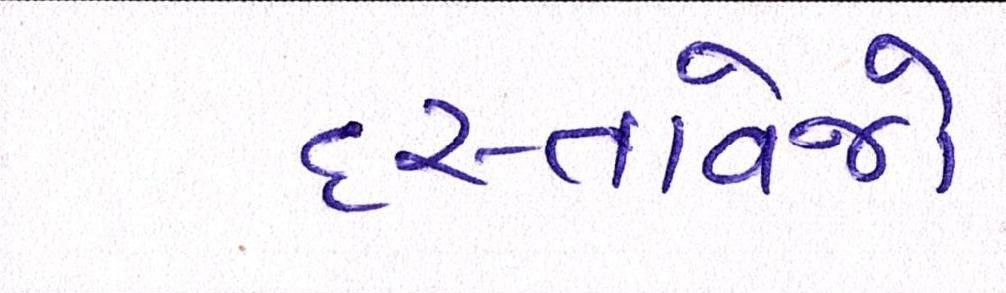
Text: દસ્તાવેજો